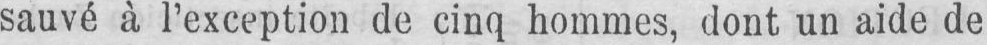
sauvé à l’exception de cinq hommes, dont un aide de